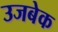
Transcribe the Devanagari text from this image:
उजबेक